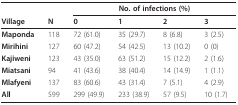
|  |  | <COLSPAN=4> No. of infections (%) |
 | Village | N | 0 | 1 | 2 | 3 |
 | --- | --- | --- | --- | --- | --- |
 | Maponda | 118 | 72 (61.0) | 35 (29.7) | 8 (6.8) | 3 (2.5) |
 | Mirihini | 127 | 60 (47.2) | 54 (42.5) | 13 (10.2) | 0 (0) |
 | Kajiweni | 123 | 43 (35.0) | 63 (51.2) | 15 (12.2) | 2 (1.6) |
 | Miatsani | 94 | 41 (43.6) | 38 (40.4) | 14 (14.9) | 1 (1.1) |
 | Mlafyeni | 137 | 83 (60.6) | 43 (31.4) | 7 (5.1) | 4 (2.9) |
 | All | 599 | 299 (49.9) | 233 (38.9) | 57 (9.5) | 10 (1.7) |